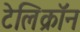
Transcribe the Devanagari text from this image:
टेलिक्रॉन